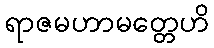
ရာဇမဟာမတ္တေဟိ